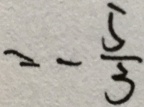
= - \frac { 5 } { 3 }